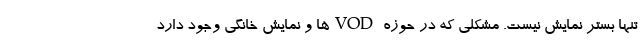
تنها بستر نمایش نیست. مشکلی که در حوزه VODها و نمایش خانگی وجود دارد